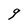
Character: 9